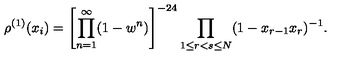
\rho ^ { ( 1 ) } ( x _ { i } ) = \left[ \prod _ { n = 1 } ^ { \infty } ( 1 - w ^ { n } ) \right] ^ { - 2 4 } \prod _ { 1 \leq r < s \leq N } ( 1 - x _ { r - 1 } x _ { r } ) ^ { - 1 } .